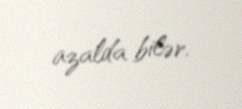
azalda bilər.